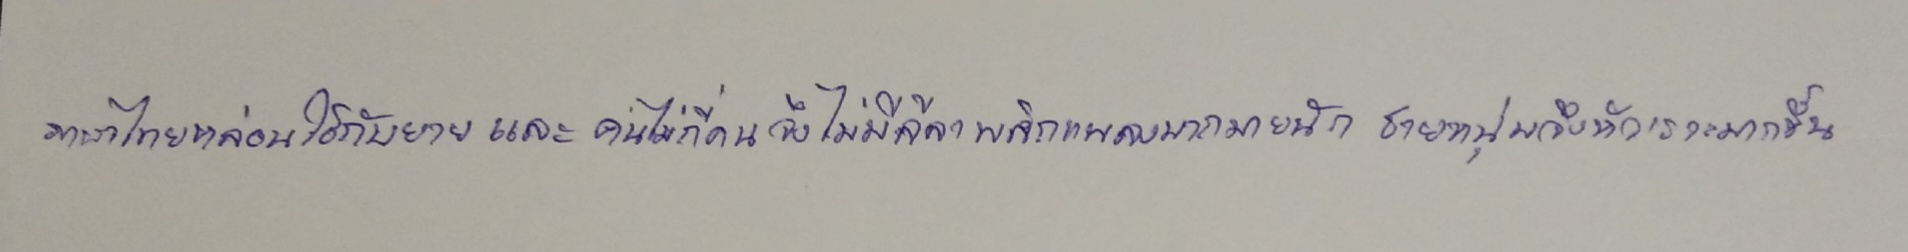
ภาษาไทยหล่อนใช้กับยายและคนไม่กี่คนจึงไม่มีลีลาพลิกแพลงมากมายนักชายหนุ่มจึงหัวเราะมากขึ้น